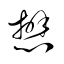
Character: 懋